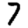
Digit: 7